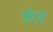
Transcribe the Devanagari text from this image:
फेंज